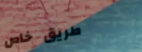
طريق خاص